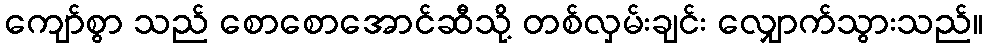
ကျော်စွာ သည် စောစောအောင်ဆီသို့ တစ်လှမ်းချင်း လျှောက်သွားသည်။